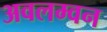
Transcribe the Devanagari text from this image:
अवलम्वन